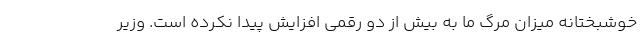
خوشبختانه میزان مرگ ما به بیش از دو رقمی افزایش پیدا نکرده است. وزیر